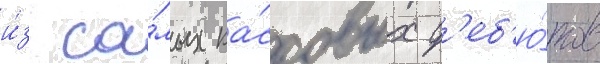
и́з са́мых ка́ссовых д'еб'ю́тов